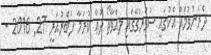
ދެރަނުވުމައް އެކުގައީ ސުވަރުގޭގައި ލއްވާތޯ ދުޢާ ކުރަމާ ފެބްރުއަރީ 27